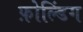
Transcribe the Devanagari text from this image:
फ़ोल्डिंग